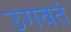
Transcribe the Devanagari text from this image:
उगवतं